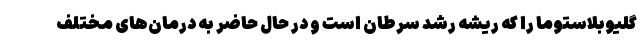
گلیوبلاستوما را که ریشه رشد سرطان است و در حال حاضر به درمان‌های مختلف